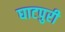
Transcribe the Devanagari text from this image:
घाटपुरी